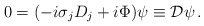
\begin{align*}0 = (-i \sigma_j D_j + i \Phi) \psi \equiv {\cal D} \psi \, .\end{align*}